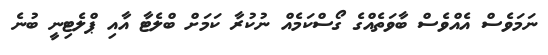
ނަމަވެސް އެއްވެސް ބާވަތެއްގެ ގޯސްކަމެއް ނުކުރާ ކަމަށް ބްލެޓާ އާއި ޕްލެޓިނީ ބުނެ